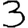
Digit: 3